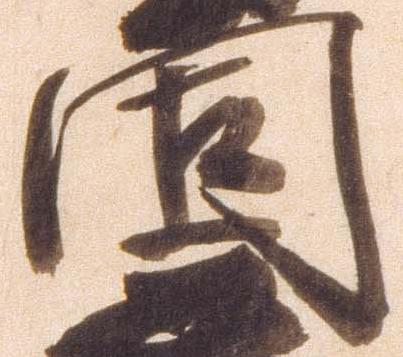
固